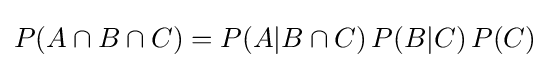
P(A\cap B\cap C)=P(A\vert B\cap C)\,P(B\vert C)\,P(C)